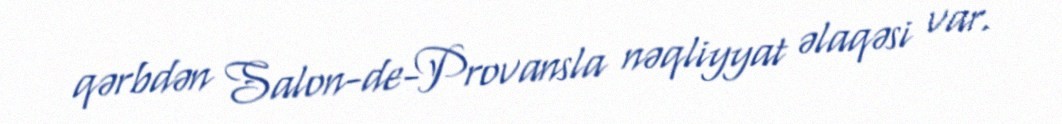
qərbdən Salon-de-Provansla nəqliyyat əlaqəsi var.